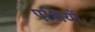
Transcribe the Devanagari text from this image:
एशियों